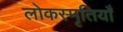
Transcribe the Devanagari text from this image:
लोकस्मृतियाँ